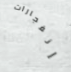
إنفجارات